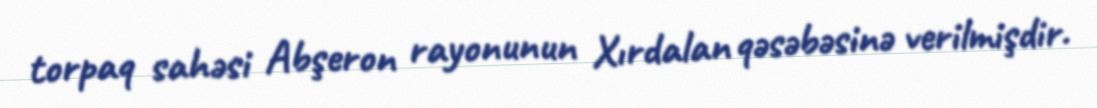
torpaq sahəsi Abşeron rayonunun Xırdalan qəsəbəsinə verilmişdir.